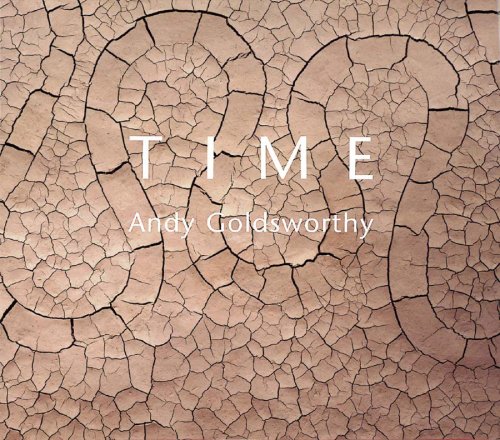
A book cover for Time; Andy Goldsworthy; Arts & Photography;